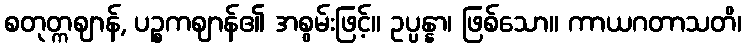
စတုတ္ကဈာန်, ပဉ္စကဈာန်၏ အစွမ်းဖြင့်။ ဥပ္ပန္နာ၊ ဖြစ်သော။ ကာယဂတာသတိ၊